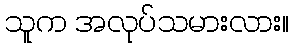
သူက အလုပ်သမားလား။